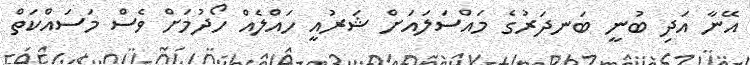
އޭނާ އަދި ބުނީ ބަނދަރުގެ މައްސަލައަށް ޝަރުއީ ހައްލެއް ހޯދުމަށް ވެސް މަސައްކަތް